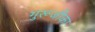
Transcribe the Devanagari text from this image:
गुरूजीका